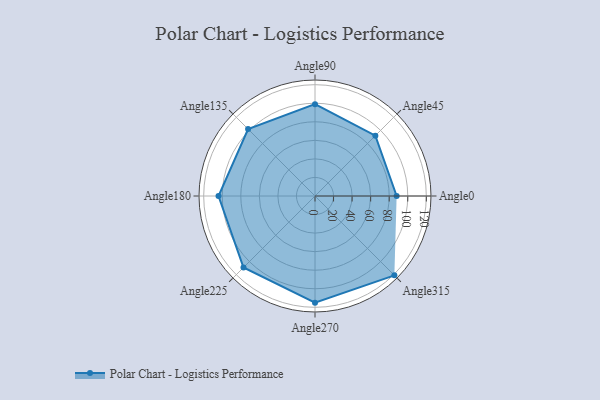
{"axis": {"x": "Angle", "y": "Radius"}, "legend": [""], "data": [{"x": "Angle0", "y": 88.0, "type": ""}, {"x": "Angle45", "y": 92.0, "type": ""}, {"x": "Angle90", "y": 99.0, "type": ""}, {"x": "Angle135", "y": 102.0, "type": ""}, {"x": "Angle180", "y": 104.0, "type": ""}, {"x": "Angle225", "y": 109.0, "type": ""}, {"x": "Angle270", "y": 115.0, "type": ""}, {"x": "Angle315", "y": 121.0, "type": ""}]}